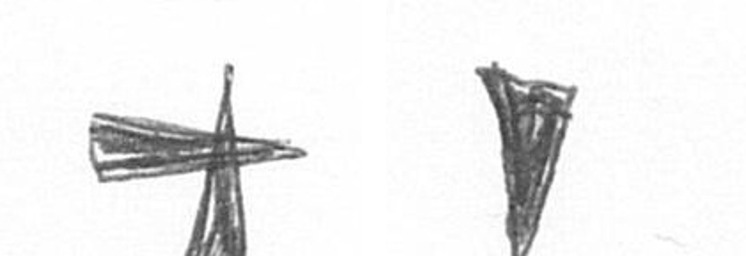
G J